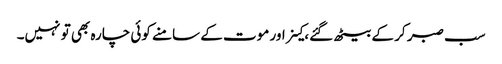
سب صبر کر کے بیٹھ گئے، کینر اور موت کے سامنے کوئی چارہ بھی تو نہیں۔